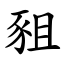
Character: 豠